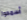
أسمحوا